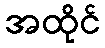
အထိုင်